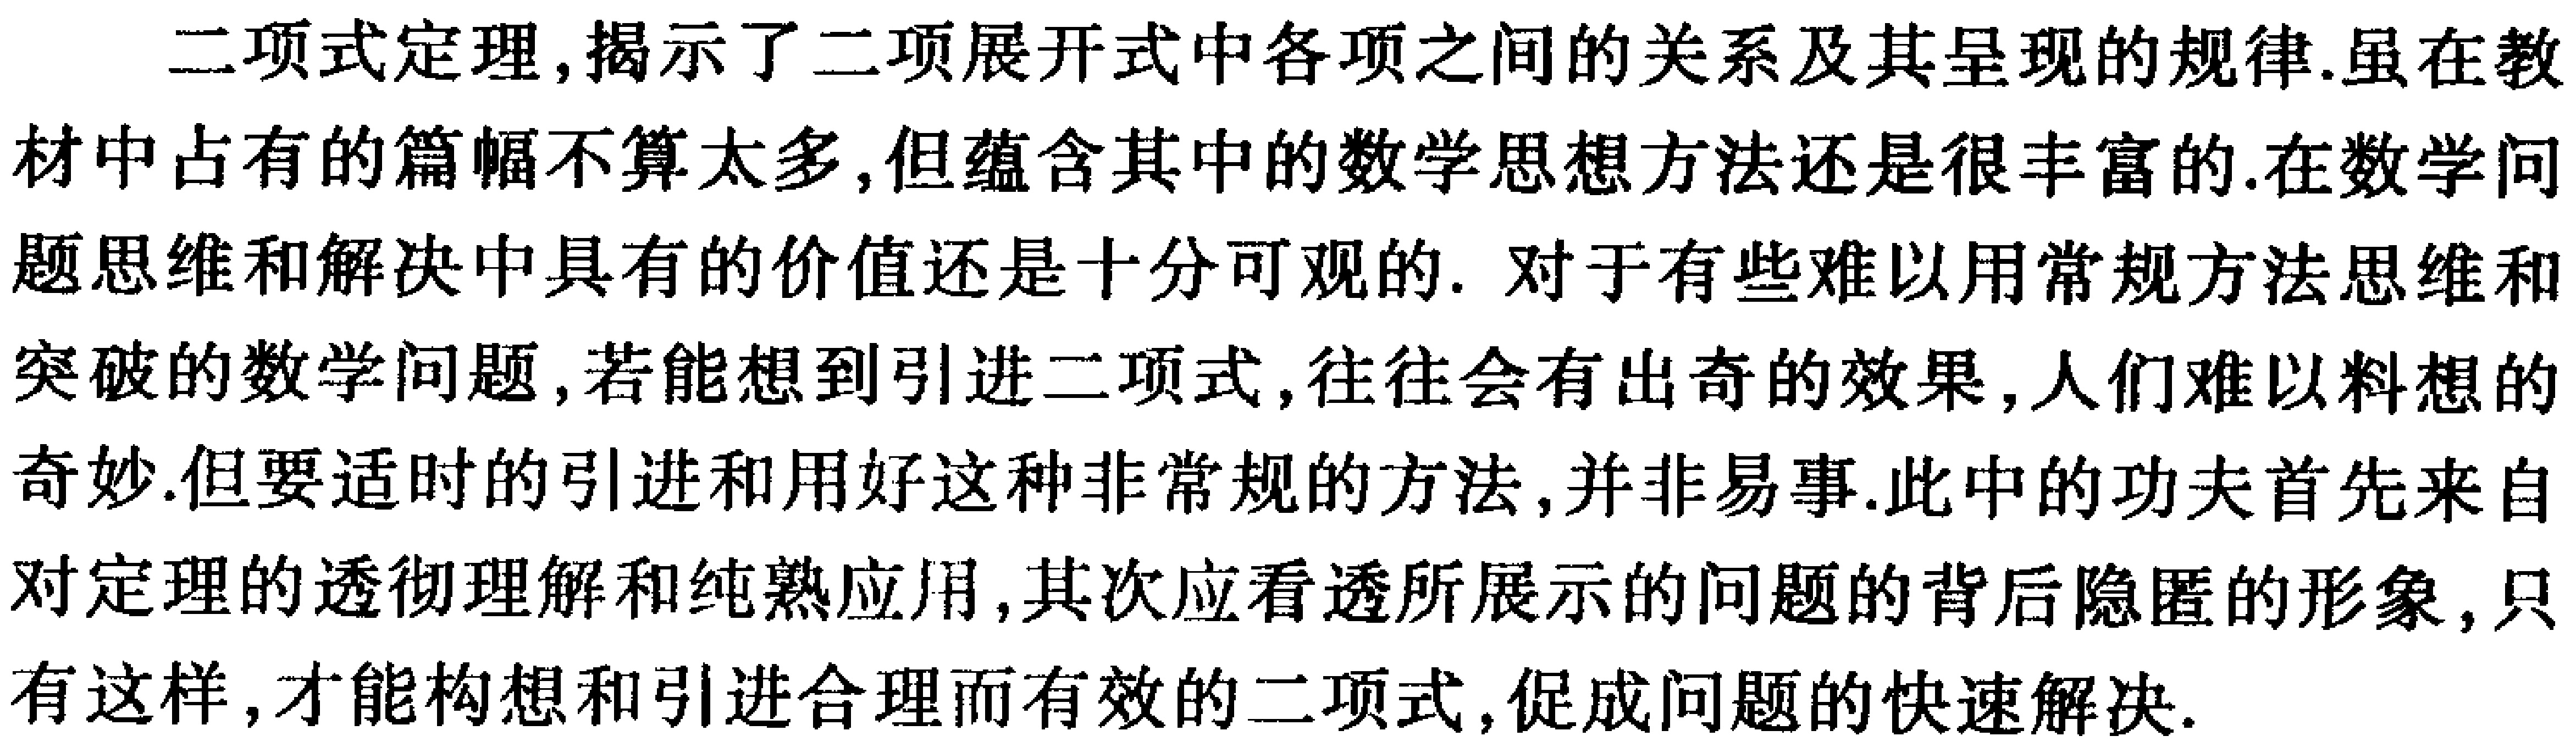
二项式定理,揭示了二项展开式中各项之间的关系及其呈现的规律.虽在教材中占有的篇幅不算太多,但蕴含其中的数学思想方法还是很丰富的.在数学问题思维和解决中具有的价值还是十分可观的. 对于有些难以用常规方法思维和突破的数学问题,若能想到引进二项式,往往会有出奇的效果,人们难以料想的奇妙.但要适时的引进和用好这种非常规的方法,并非易事.此中的功夫首先来自对定理的透彻理解和纯熟应用,其次应看透所展示的问题的背后隐匿的形象,只有这样,才能构想和引进合理而有效的二项式,促成问题的快速解决.